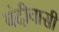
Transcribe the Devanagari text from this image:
बंदीवासी